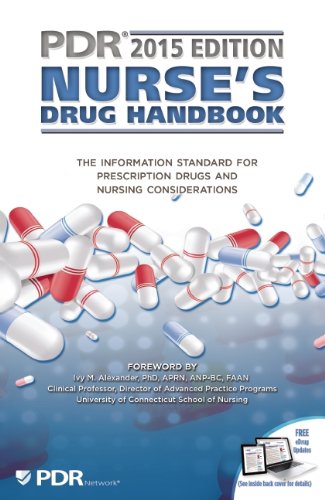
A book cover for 2015 PDR Nurse's Drug Handbook (Physicians' Desk Reference Nurse's Drug Handbook); Medical Books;